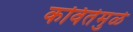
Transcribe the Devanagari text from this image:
कवितेमुळे